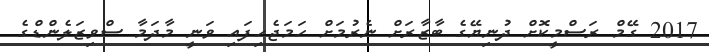
2017 ގޭމް ރަސްމީކޮށް ދުނިޔޭގެ ބާޒާރަށް ނެރުމަށް ހަމަޖެހިފައި ވަނީ މާދަމާ ސްވިޒަލެންޑްގެ